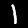
Label: 1